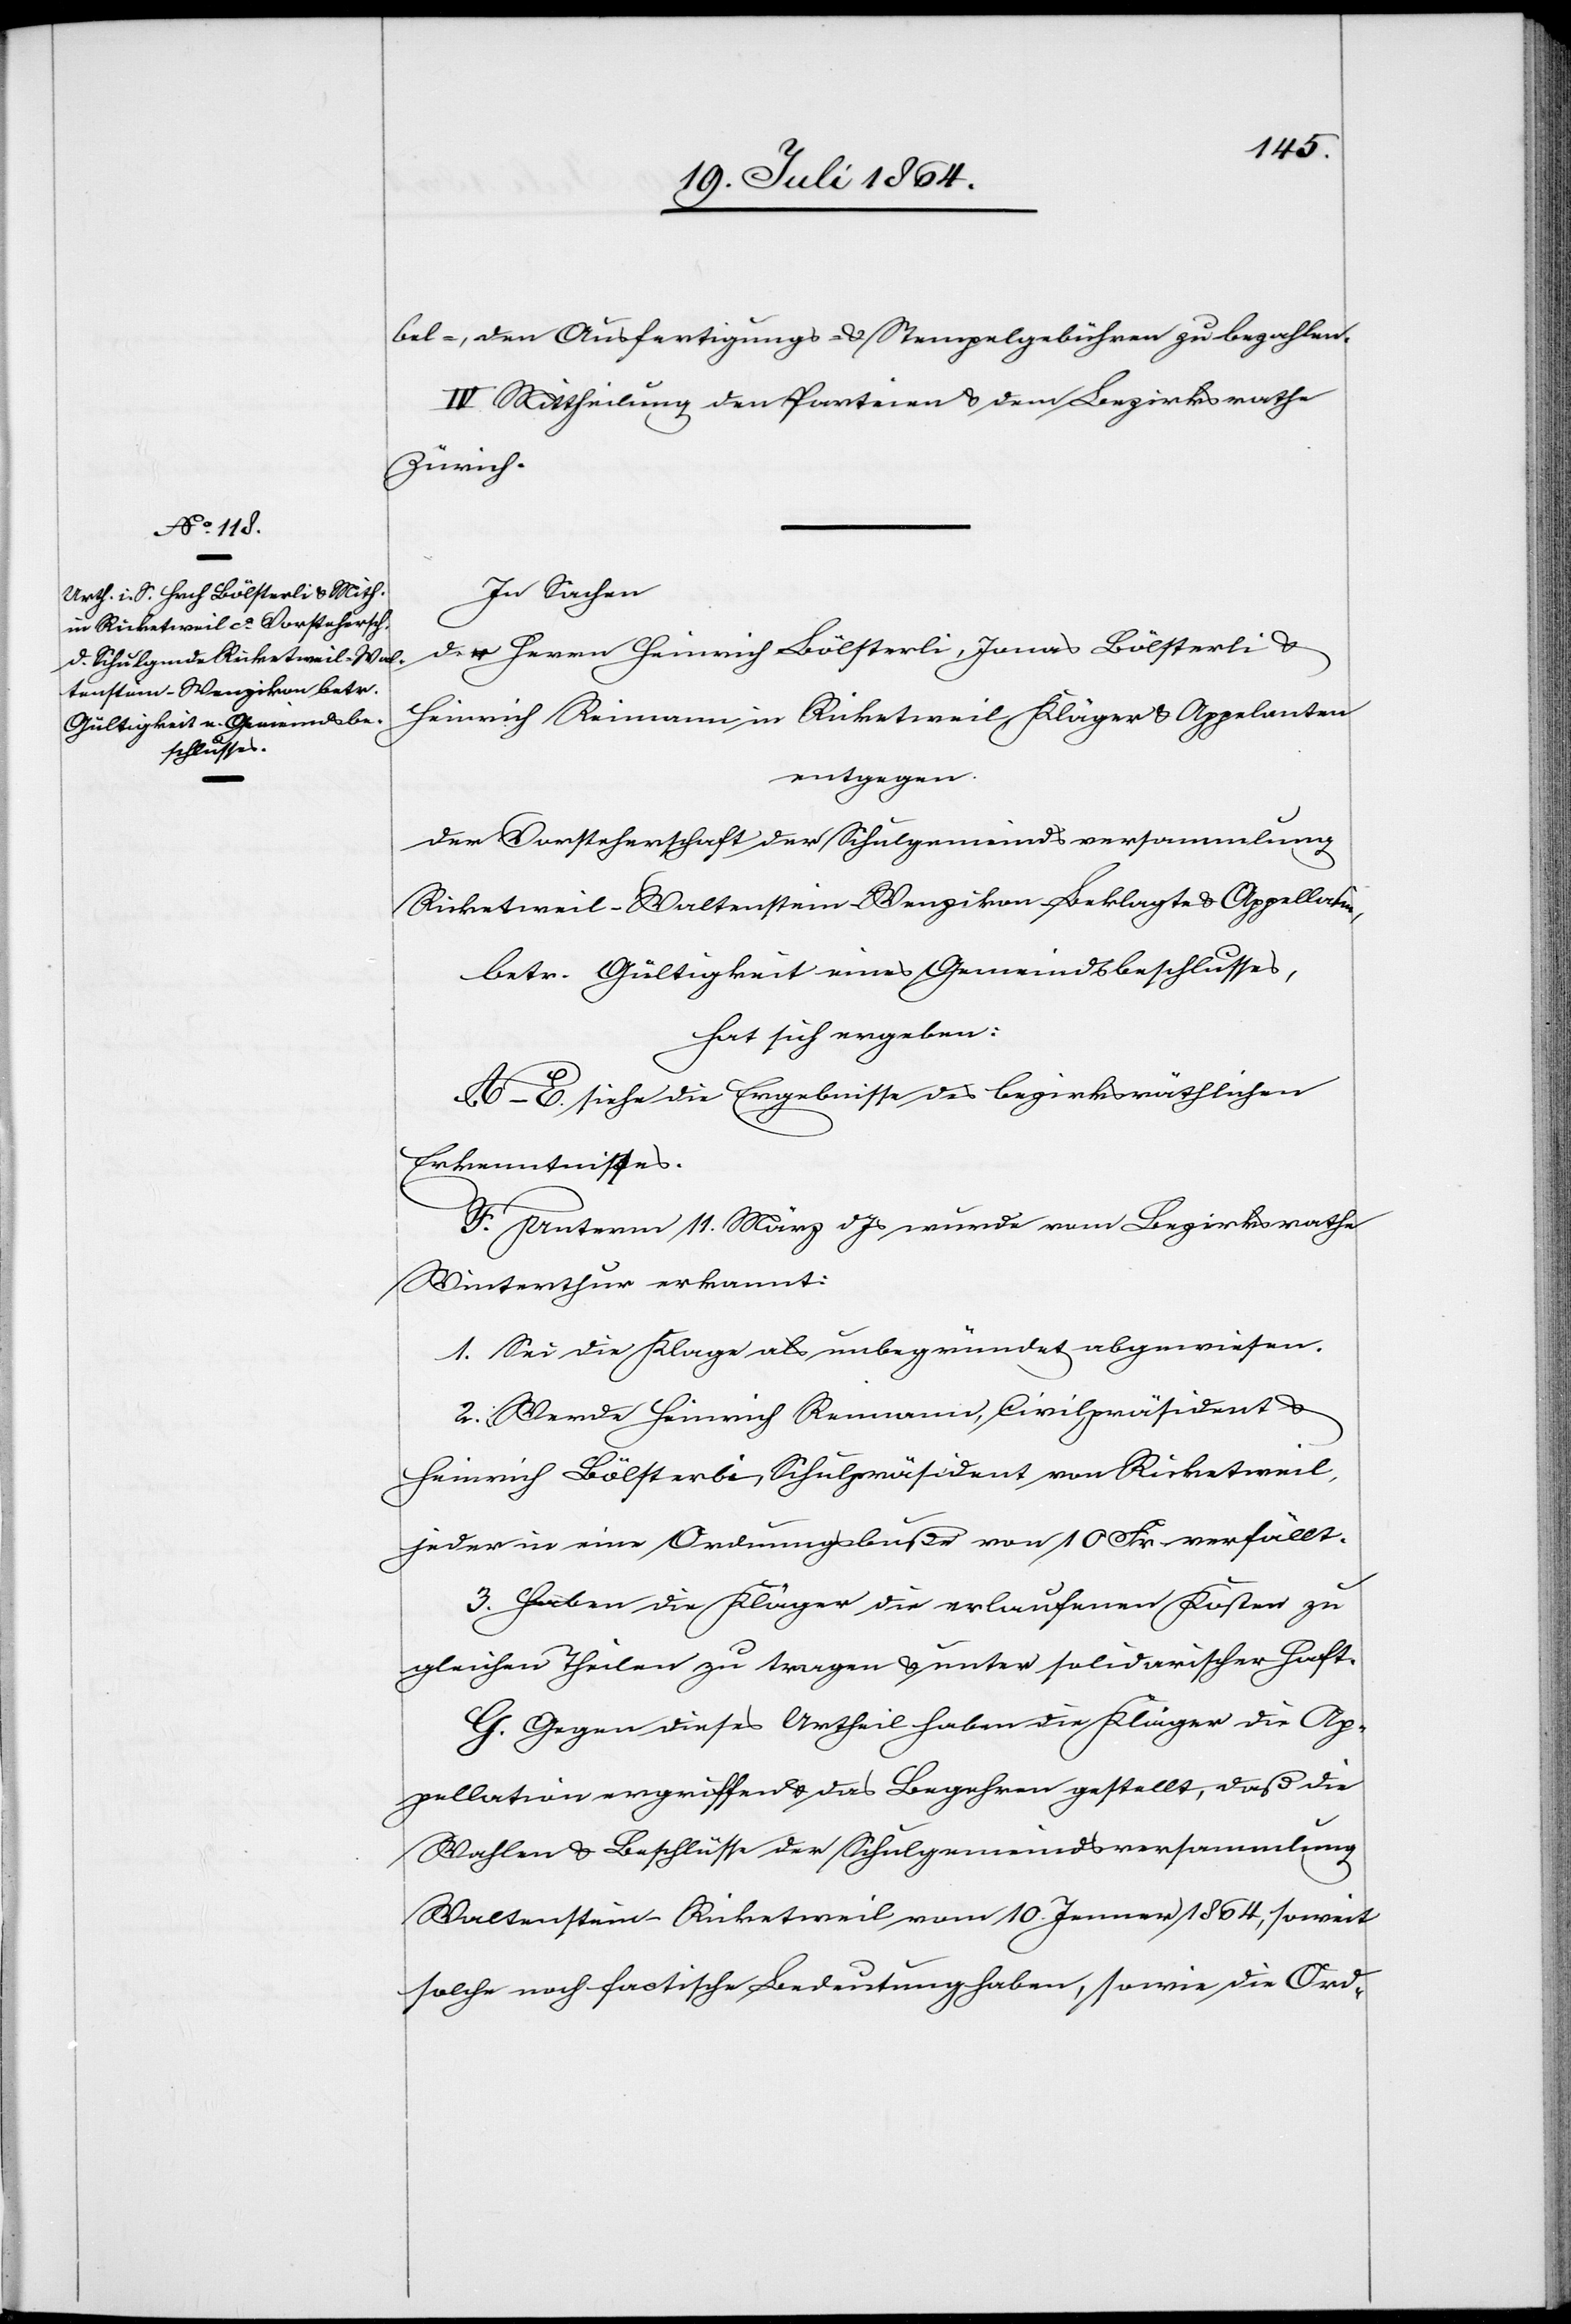
bel-, den Ausfertigungs- u. Stempelgebühren zu bezahlen.
IV. Mittheilung den Parteien u. dem Bezirksrathe
Zürich.
In Sachen
der Herrn Heinrich Bölsterli, Jonas Bölsterli u.
Heinrich Reimann in Ricketweil, Kläger u. Appelanten
entgegen
der Vorsteherschaft der Schulgemeindsversammlung
Ricketweil-Waltenstein-Wenzikon[,] Beklagte u. Appellatin,
betr. Gültigkeit eines Gemeindsbeschlusses,
hat sich ergeben:
A–E. siehe die Ergebnisse des bezirksräthlichen
Erkenntnisses.
F. Unterm 11. März d. Js. wurde vom Bezirksrathe
Winterthur erkannt:
1. Sei die Klage als unbegründet abgewiesen.
2. Werde Heinrich Reimann, Civilpräsident u.
Heinrich Bölsterli, Schulpräsident von Ricketweil,
jeder in eine Ordnungsbuße von 10 Fr verfällt.
3. Haben die Kläger die erlaufenen Kosten zu
gleichen Theilen zu tragen u. unter solidarischer Haft.
G. Gegen dieses Urtheil haben die Kläger die Ap¬
pellation ergriffen u. das Begehren gestellt, daß die
Wahlen u. Beschlüsse der Schulgemeindsversammlung
Waltenstein-Ricketweil vom 10. Jenner 1864, soweit
solche noch factische Bedeutung haben, sowie die Ord-